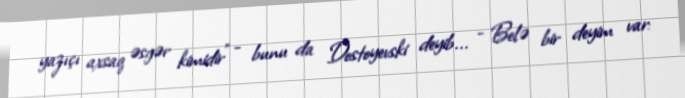
yazıçı axsaq əsgər kimidir” - bunu da Dostoyevski deyib... - Belə bir deyim var: